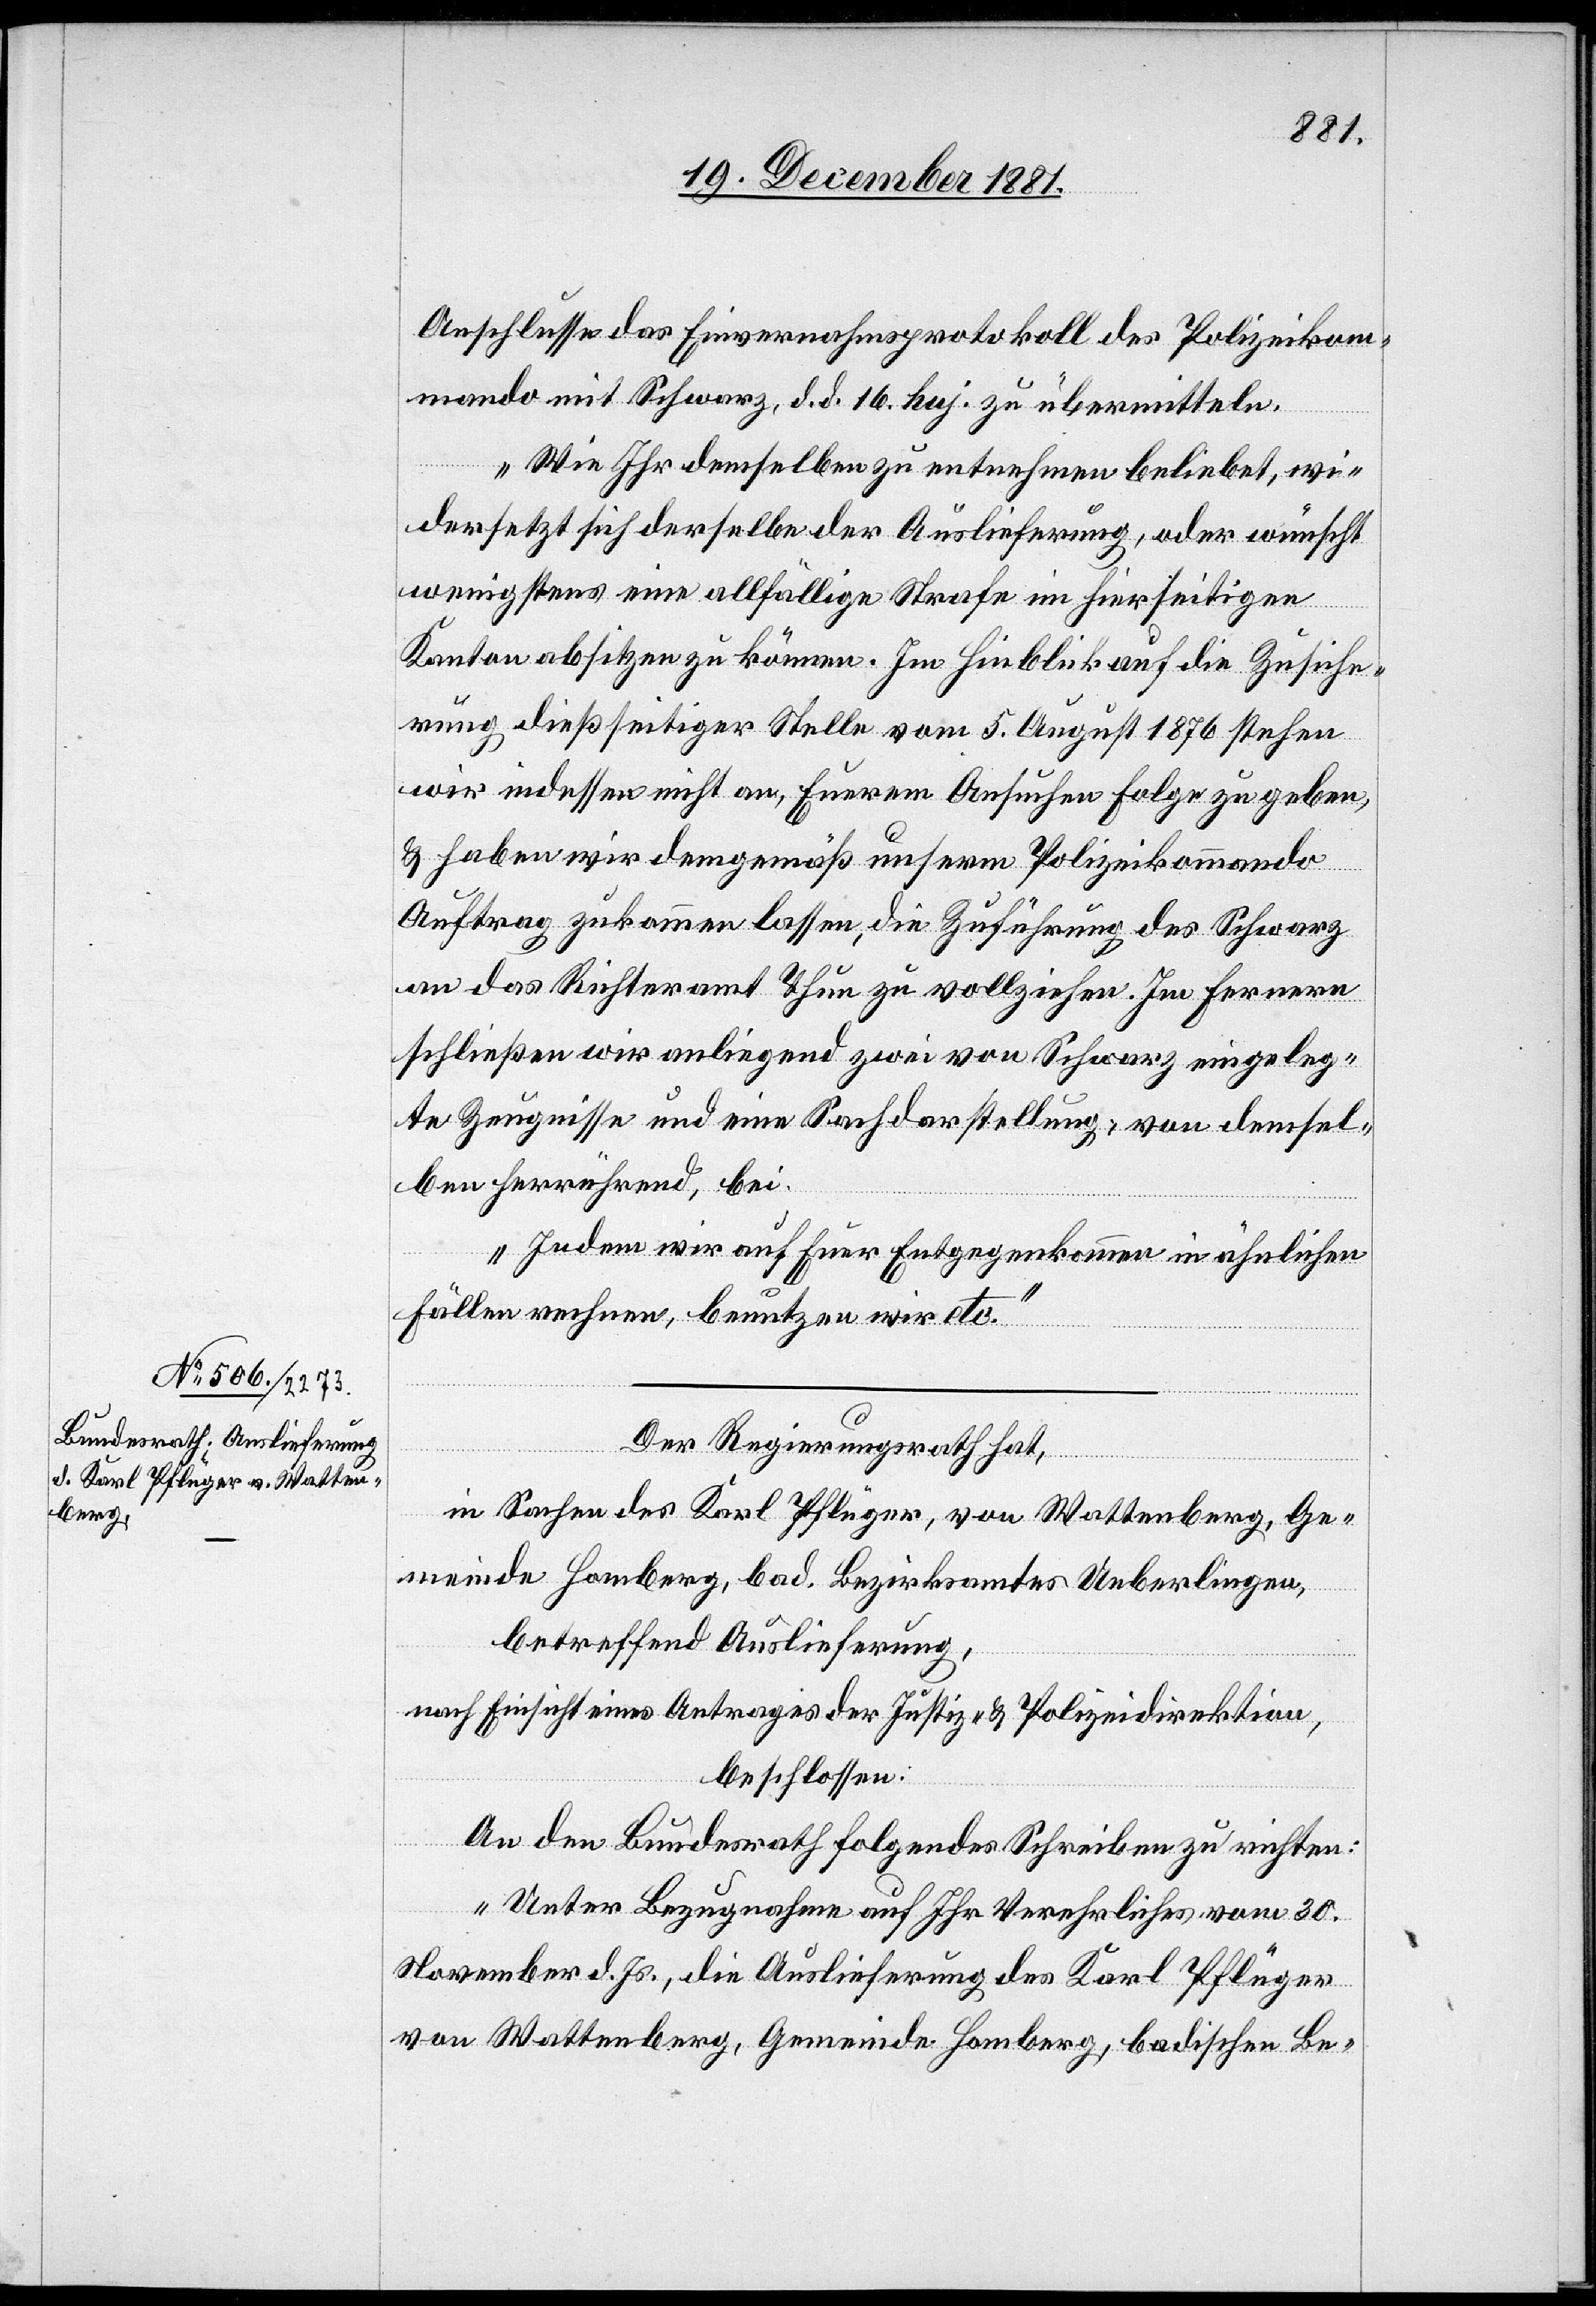
Anschlusse das Einvernahmsprotokoll des Polizeikom¬
mando mit Schwarz, d. d. 16. haj. zu übermitteln.
Wie Ihr demselben zu entnehmen beliebet, wi¬
dersetzt sich derselbe der Auslieferung, oder wünscht
wenigstens eine allfällige Strafe im hierseitigen
Kanton absitzen zu können. Im Hinblick auf die Zusiche¬
rung dießseitiger Stelle vom 5. August 1876 stehen
wir indessen nicht an, Euerem Ansuchen Folge zu geben,
& haben wir demgemäß unserm Polizeikommando
Auftrag zukommen lassen, die Zuführung des Schwarz
an das Richteramt Thun zu vollziehen. Im Fernern
schließen wir anliegend zwei von Schwarz eingeleg¬
te Zeugnisse und eine Sachdarstellung, von demsel¬
ben herrührend, bei.
Indem wir auf Euer Entgegenkommen in ähnlichen
Fällen rechnen, benutzen wir etc.“
Der Regierungsrath hat,
in Sachen des Karl Pflüger, von Wattenberg, Ge¬
meinde Homberg, bad. Bezirksamtes Ueberlingen,
betreffend Auslieferung,
nach Einsicht eines Antrages der Justiz- & Polizeidirektion,
beschlossen:
An den Bundesrath folgendes Schreiben zu richten:
„Unter Bezugnahme auf Ihr Verehrliches vom 20.
November d. Js., die Auslieferung des Karls Pflüger
von Wattenberg, Gemeinde Homberg, badische Be-